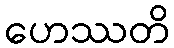
ဟေဿတိ